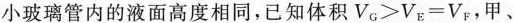
小玻璃管内的液面高度相同，已知体积$$V_{G}>V_{E}=V_{F}$$，甲、